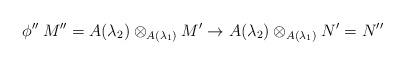
LaTeX: \begin{align*}\phi''\:M''=A(\lambda_2)\otimes_{A(\lambda_1)}M'\to A(\lambda_2)\otimes_{A(\lambda_1)}N'=N''\end{align*}